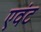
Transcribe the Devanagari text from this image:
एवंट